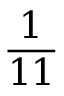
\frac { 1 } { 1 1 }